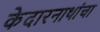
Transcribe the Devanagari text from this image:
केदारनाथांचा